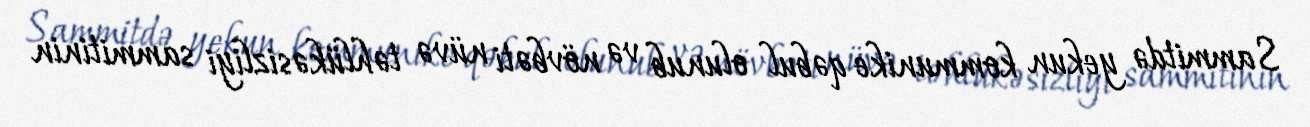
Sammitdə yekun kommunike qəbul olunub və növbəti nüvə təhlükəsizliyi sammitinin